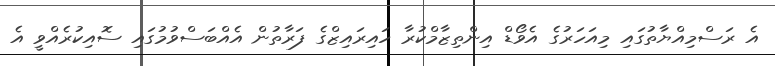
އެ ރަސްމިއްޔާތުގައި މިއަހަރުގެ އެވޯޑް އިންތިޒާމްކުރާ ހައިރައިޒްގެ ފަރާތުން އެއްބަސްވުމުގައި ސޮއިކުރެއްވީ އެ